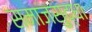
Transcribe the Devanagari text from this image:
समाजसुद्धा